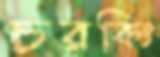
চরকিং